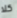
كلا